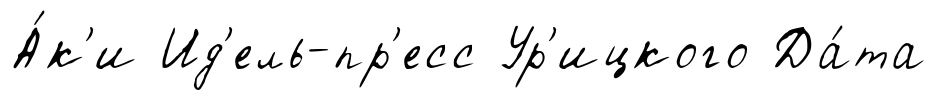
А́к'и Ид'ель-пр'есс Ур'ицкого Да́та